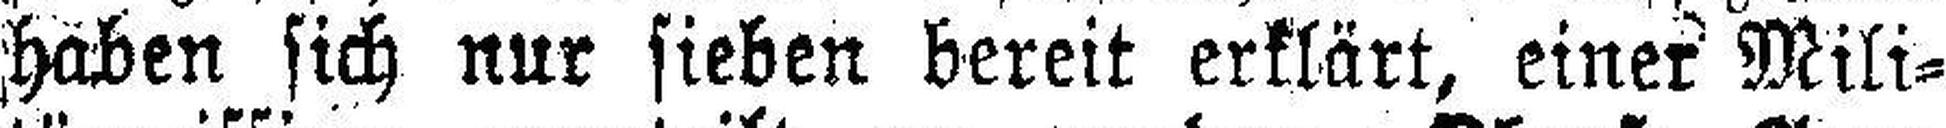
haben sich nur sieben bereit erklärt, einer Mili¬